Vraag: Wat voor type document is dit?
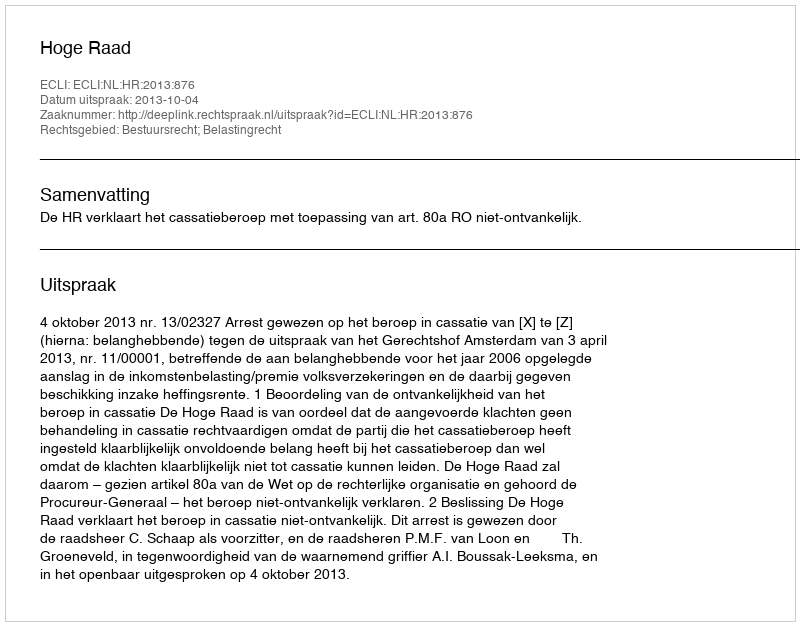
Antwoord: Uitspraak